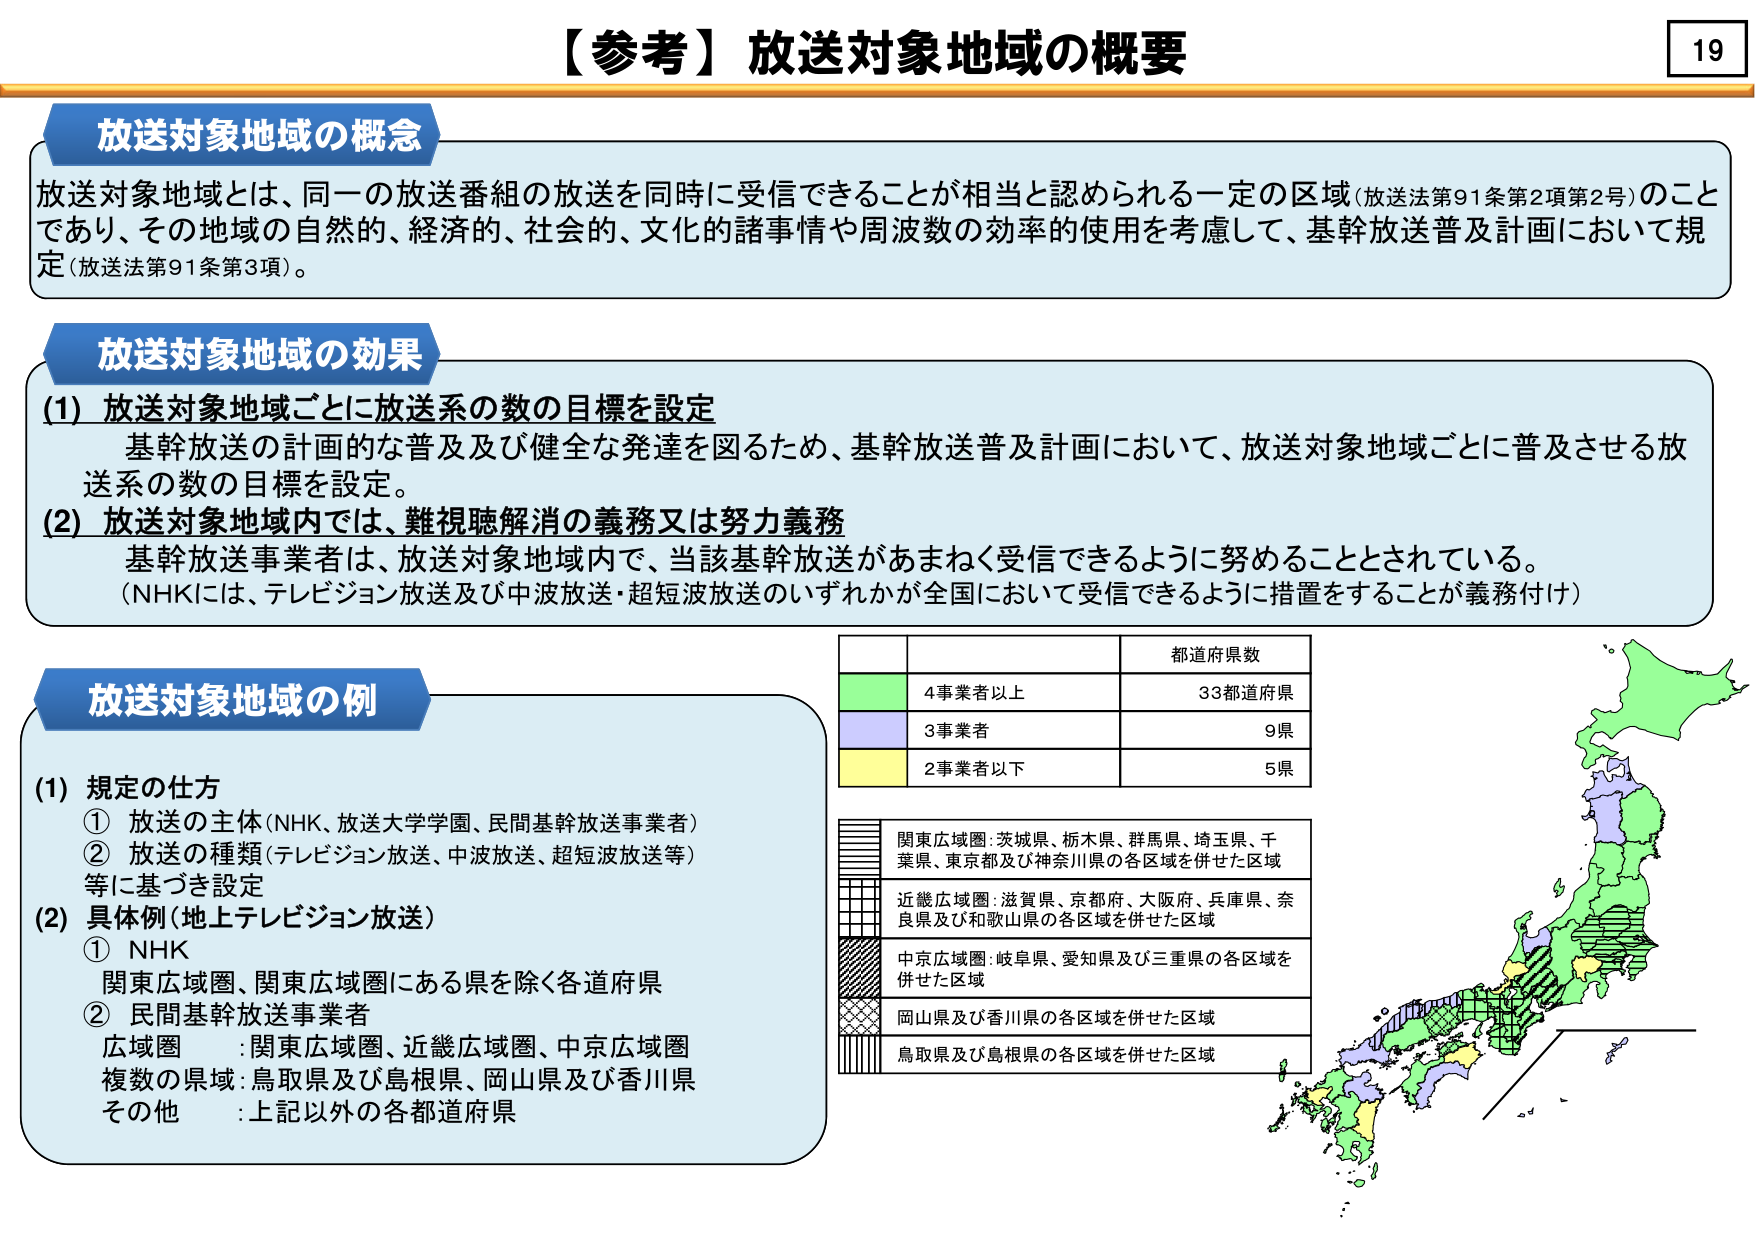
【参考】放送対象地域の概要

放送対象地域の概念
放送対象地域とは、同一の放送番組の放送を同時に受信できることが相当と認められる一定の区域（放送法第91条第2項第2号）のことであり、その地域の自然的、経済的、社会的、文化的諸事情や周波数の効率的使用を考慮して、基幹放送普及計画において規定（放送法第91条第3項）。

放送対象地域の効果
(1) 放送対象地域ごとに放送系の数の目標を設定
　基幹放送の計画的な普及及び健全な発達を図るため、基幹放送普及計画において、放送対象地域ごとに普及させる放送系の数の目標を設定。
(2) 放送対象地域内では、難視聴解消の義務又は努力義務
　基幹放送事業者は、放送対象地域内で、当該基幹放送があまねく受信できるように努めることとされている。
　（NHKには、テレビジョン放送及び中波放送・超短波放送のいずれかが全国において受信できるように措置をすることが義務付け）

放送対象地域の例
(1) 規定の仕方
　① 放送の主体（NHK、放送大学学園、民間基幹放送事業者）
　② 放送の種類（テレビジョン放送、中波放送、超短波放送等）
　等に基づき設定
(2) 具体例（地上テレビジョン放送）
　① NHK
　　関東広域圏、関東広域圏にある県を除く各道府県
　② 民間基幹放送事業者
　　広域圏　：関東広域圏、近畿広域圏、中京広域圏
　　複数の県域：鳥取県及び島根県、岡山県及び香川県
　　その他　：上記以外の各都道府県

都道府県数
4事業者以上　　　　　33都道府県
3事業者　　　　　　　　9県
2事業者以下　　　　　　5県

関東広域圏：茨城県、栃木県、群馬県、埼玉県、千葉県、東京都及び神奈川県の各区域を併せた区域
近畿広域圏：滋賀県、京都府、大阪府、兵庫県、奈良県及び和歌山県の各区域を併せた区域
中京広域圏：岐阜県、愛知県及び三重県の各区域を併せた区域
岡山県及び香川県の各区域を併せた区域
鳥取県及び島根県の各区域を併せた区域

19